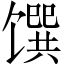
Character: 馔